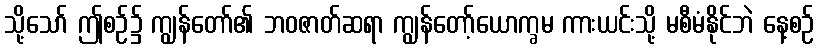
သို့သော် ဤစဉ်၌ ကျွန်တော်၏ ဘဝဇာတ်ဆရာ ကျွန်တော့်ယောက္ခမ ကားယင်းသို့ မစီမံနိုင်ဘဲ နေ့စဉ်